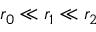
r _ { 0 } \ll r _ { 1 } \ll r _ { 2 }